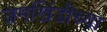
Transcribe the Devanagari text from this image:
जमखिंडीच्या